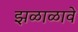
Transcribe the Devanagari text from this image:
झळाळावे